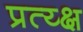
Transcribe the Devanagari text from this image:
प्रत्य्क्ष